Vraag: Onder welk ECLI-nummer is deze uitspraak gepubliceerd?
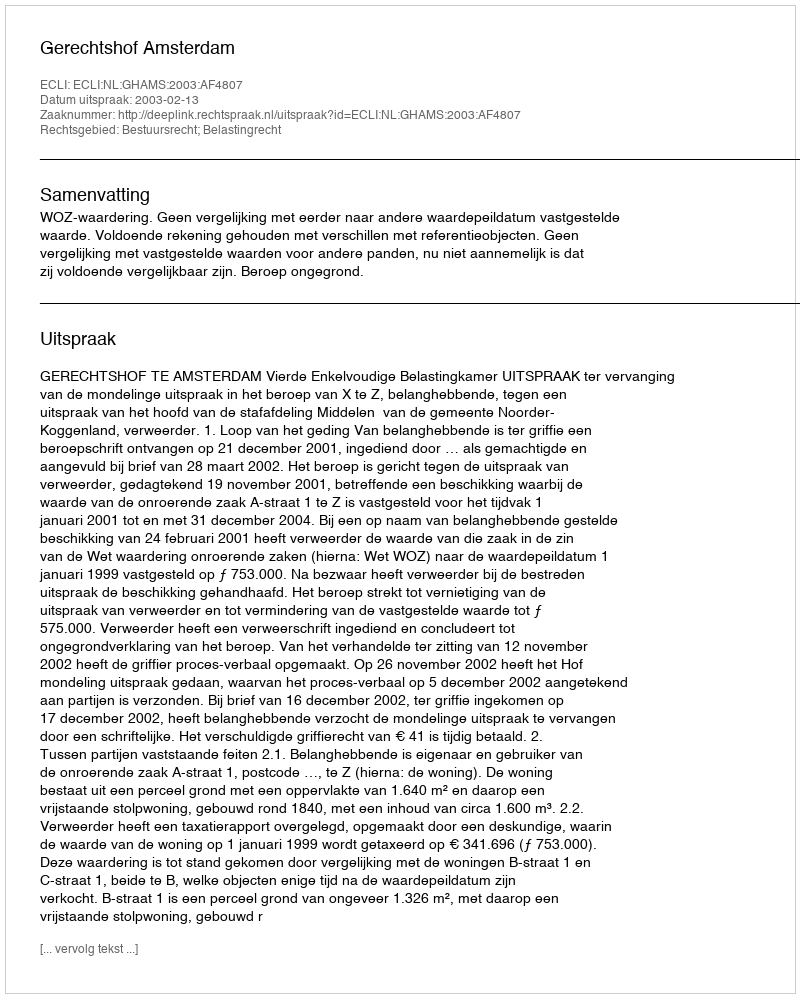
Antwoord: ECLI:NL:GHAMS:2003:AF4807